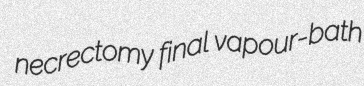
necrectomy final vapour-bath